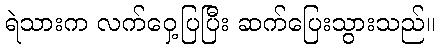
ရဲသားက လက်ဝှေ့ပြပြီး ဆက်ပြေးသွားသည်။